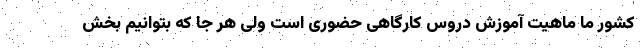
کشور ما ماهیت آموزش دروس کارگاهی حضوری است ولی هر جا که بتوانیم بخش